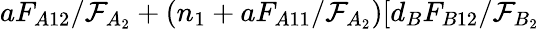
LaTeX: aF_{A12}/\mathcal{F}_{A_{2}}+(n_{1}+aF_{A11}/\mathcal{F}_{A_{2}})[d_{B}F_{B12}/\mathcal{F}_{B_{2}}